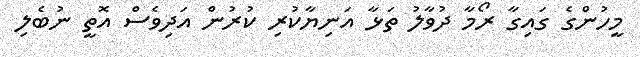
މީހުންގެ ގައިގާ ރޯމާ ދުވާލު ތަޅާ އަނިޔާކުރި ކުރުން އަދިވެސް އޮތީ ނުބެލި